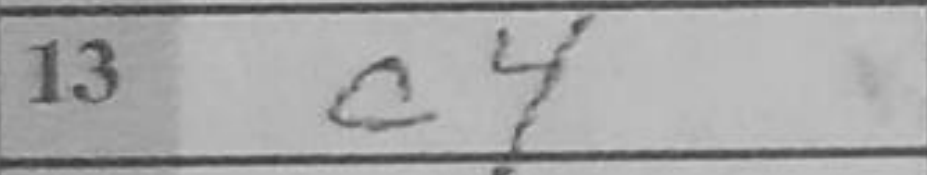
Transcription: c4